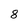
Character: 8